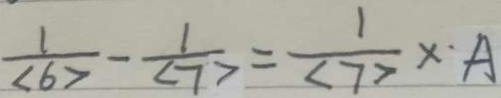
\frac { 1 } { < 6 > } - \frac { 1 } { < 7 > } > = \frac { 1 } { < 7 > } \times A